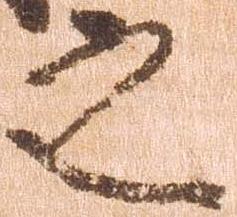
之